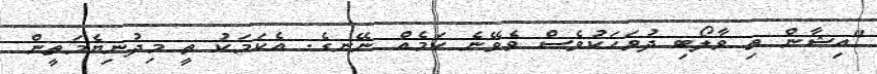
"އިޝާން ތި ވާލޯބި ދުވަހަކުވެސް ވެވޭނެ ކަމެއް ނޭނގެ. އެކަމަކު ތީ މިދުނިޔެމަތީން